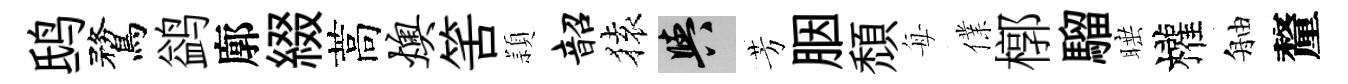
鸱鶩鹢廓綴蒿燠筈頴韶𫞤阳芳胭頽每㒒槨騮睡權舳釐